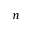
_ { n }